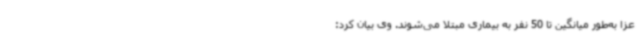
عزا به‌طور میانگین تا 50 نفر به بیماری مبتلا می‌شوند. وی بیان کرد: